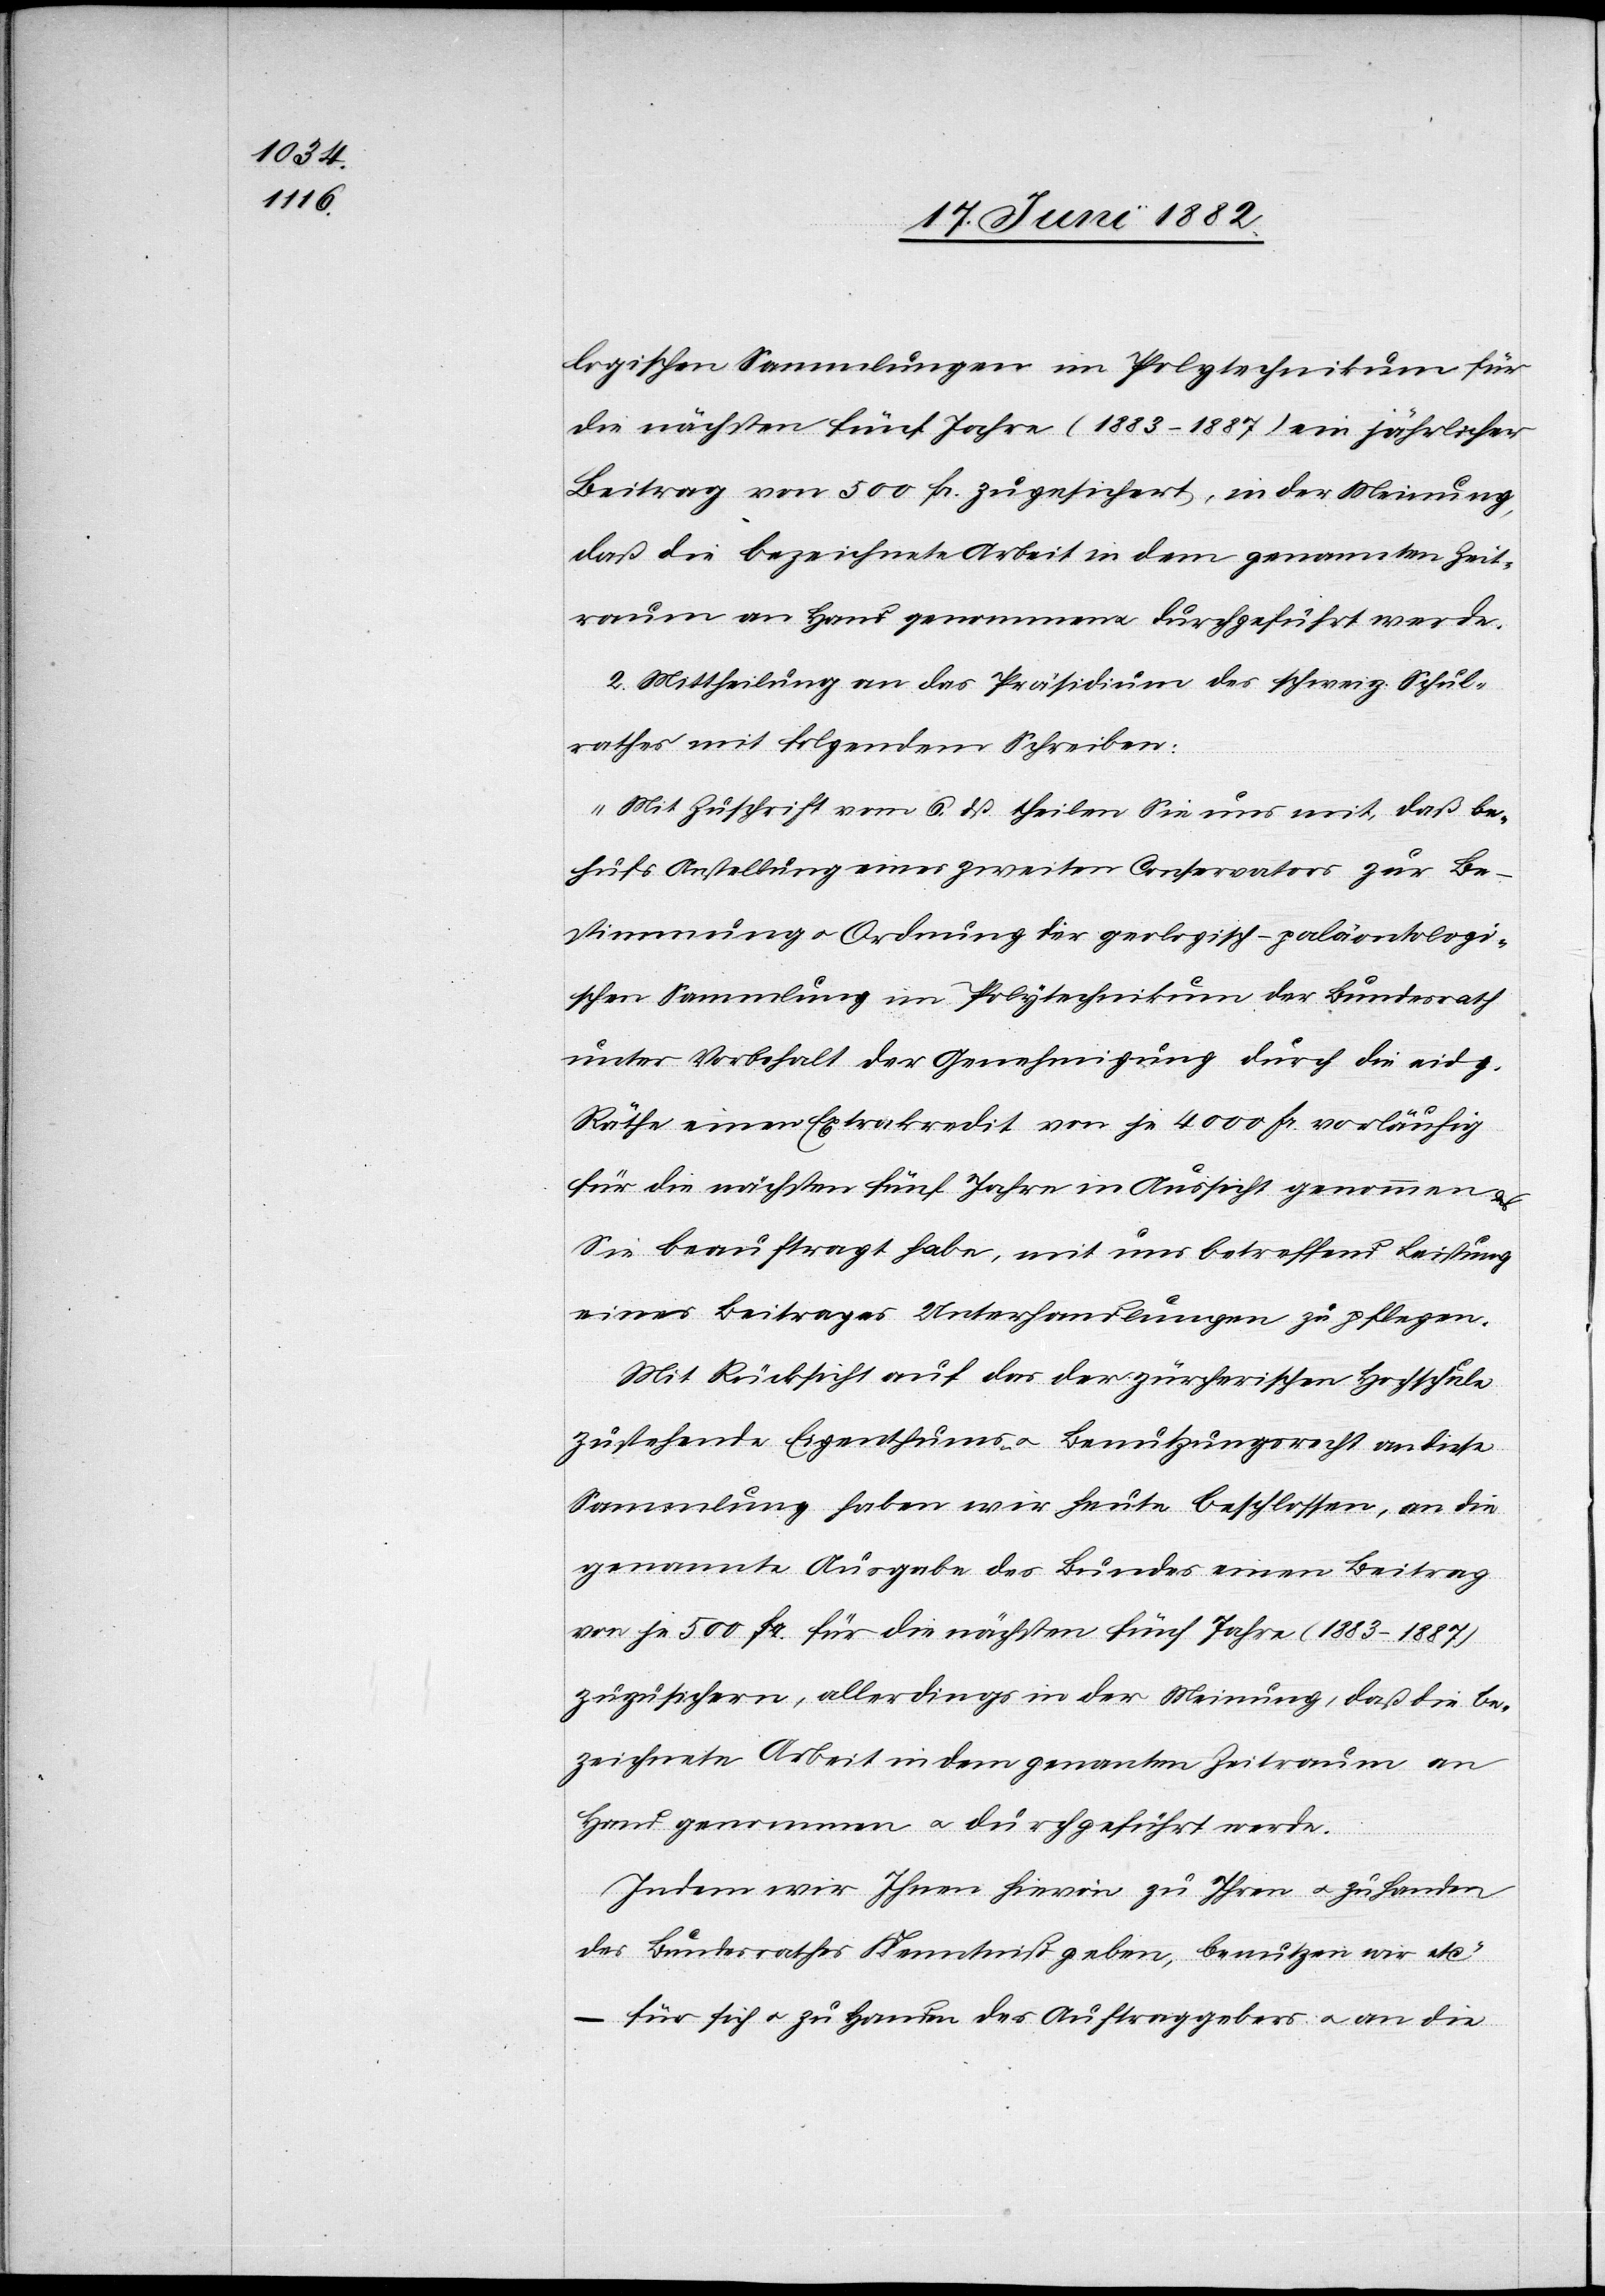
logischen Sammlungen im Polytechnikum für
die nächsten fünf Jahre (1883–1887) ein jährlicher
Beitrag von 500 Fr. zugesichert, in der Meinung,
daß die bezeichnete Arbeit in dem genannten Zeit¬
raum an Hand genommen u. durchgeführt werde.
2. Mittheilung an das Präsidium des schweiz. Schul¬
rathes mit folgendem Schreiben:
„Mit Zuschrift vom 6. dß. theilen Sie uns mit, daß be¬
hufs Anstellung eines zweiten Conservators zur Be¬
stimmung u. Ordnung der geologisch-paläontologi¬
schen Sammlung im Polytechnikum der Bundesrath
unter Vorbehalt der Genehmigung durch die eidg.
Räthe einen Extrakredit von je 4000 Fr. vorläufig
für die nächsten fünf Jahre in Aussicht genommen &
Sie beauftragt habe, mit uns betreffend Leistung
eines Beitrages Unterhandlung zu pflegen.
Mit Rücksicht auf das der zürcherischen Hochschule
zustehende Eigenthums- u. Benutzungsrecht an diese
Sammlung haben wir heute beschlossen, an die
genannte Ausgabe des Bundes einen Beitrag
von je 500 Fr. für die nächsten fünf Jahre (1883–1887)
zuzusichern, allerding in der Meinung, daß die be¬
zeichnete Arbeit in dem genannten Zeitraum an
Hand genommen u. durchgeführt werde.
Indem wir Ihnen hievon zu Ihren u. zu Handen
des Bundesrathes Kenntniß geben, benutzen wir etc.“
– für sich u. zu Handen des Aufragebers u. an die